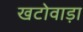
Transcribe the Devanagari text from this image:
खटोवाड़ा